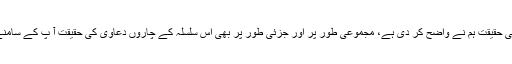
یزید بن معاویہؓ سے متعلق اہلحدیث کے "اتفاقی مؤقف " کی حقیقت ہم نے واضح کر دی ہے، مجموعی طور پر اور جزئی طور پر بھی اس سلسلہ کے چاروں دعاویٰ کی حقیقت آ پ کے سامنے ہے، اس پر کسی قسم کا کوئی اتفاق قطعی موجود نہیں۔